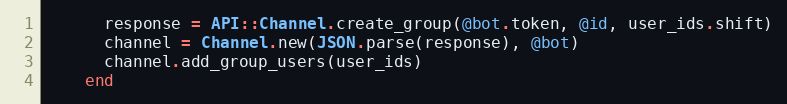
Language: Ruby
      response = API::Channel.create_group(@bot.token, @id, user_ids.shift)
      channel = Channel.new(JSON.parse(response), @bot)
      channel.add_group_users(user_ids)
    end